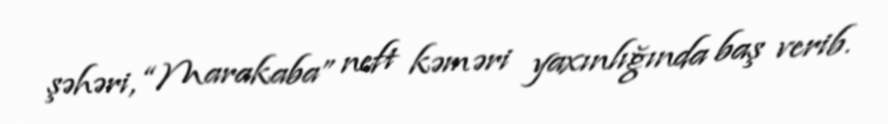
şəhəri, “Marakaba” neft kəməri yaxınlığında baş verib.